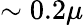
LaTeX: \sim 0.2\mu